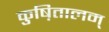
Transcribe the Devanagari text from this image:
कुष़ितालम्